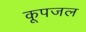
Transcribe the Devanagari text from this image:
कूपजल